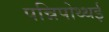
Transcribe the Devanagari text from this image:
पन्निपोथ्थई